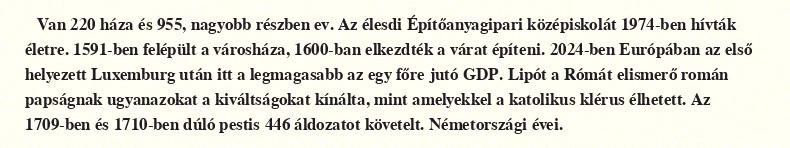
Van 220 háza és 955, nagyobb részben ev. Az élesdi Építőanyagipari középiskolát 1974-ben hívták életre. 1591-ben felépült a városháza, 1600-ban elkezdték a várat építeni. 2024-ben Európában az első helyezett Luxemburg után itt a legmagasabb az egy főre jutó GDP. Lipót a Rómát elismerő román papságnak ugyanazokat a kiváltságokat kínálta, mint amelyekkel a katolikus klérus élhetett. Az 1709-ben és 1710-ben dúló pestis 446 áldozatot követelt. Németországi évei.